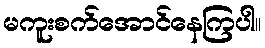
မကူးစက်အောင်နေကြပါ။